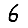
Digit: 6